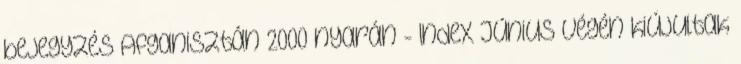
bejegyzés Afganisztán 2000 nyarán - Index Június végén kiújultak